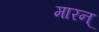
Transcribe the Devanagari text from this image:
मारन्